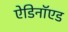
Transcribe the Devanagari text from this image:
ऐडिनॉएड